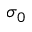
\sigma _ { 0 }